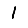
Digit: 1